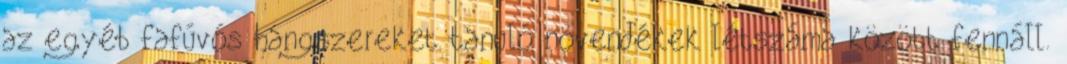
az egyéb fafúvós hangszereket tanuló növendékek létszáma között fennáll.